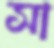
সা